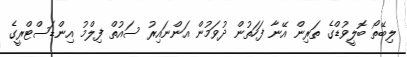
ލިބޭތޯ ބޮލީވުޑްގެ ތަރިން އޭނާ ފަހަތުން ދުވަމުން އަންނައިރު ސައުތް ފިލްމު އިންޑަސްޓްރީގެ